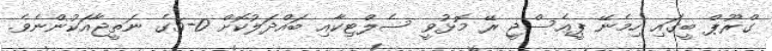
ގްރޫޕް ބީގައި ހިމެނޭ ޕީއެސްޖީ ރޭ މޮޅުވީ ސެލްޓިކާއި ބައްދަލުކޮށް 0-5ގެ ނަތީޖާއަކުންނެވެ.